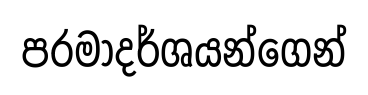
පරමාදර්ශයන්ගෙන්